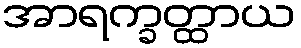
အာရက္ခတ္ထာယ